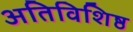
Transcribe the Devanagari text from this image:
अतिविशिष्ठ